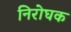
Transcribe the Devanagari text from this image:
निरोघक